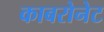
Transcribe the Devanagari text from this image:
काबरोनेट